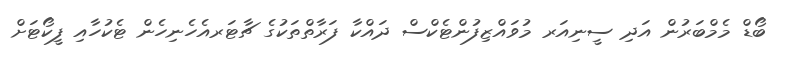
ބޯޑް މެމްބަރުން އަދި ސީނިއަރ މުވައްޒިފުންޓެކްސް ދައްކާ ފަރާތްތަކުގެ ޗާޓަރއެހެނިހެން ޓެކުހާއި ފީކޯޓަށް